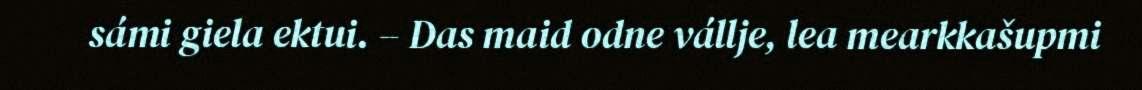
sámi giela ektui. – Das maid odne vállje, lea mearkkašupmi